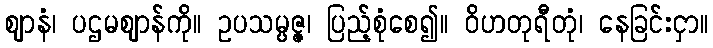
ဈာနံ၊ ပဌမဈာန်ကို။ ဥပသမ္ပဇ္ဇ၊ ပြည့်စုံစေ၍။ ဝိဟတုရီတုံ၊ နေခြင်းငှာ။